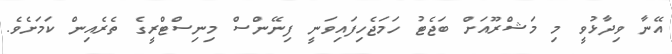
އޭނާ ވިދާޅުވީ މި މަޝްރޫއަށް ބަޖެޓު ހަމަޖެހިފައިވަނީ ފިނޭންސް މިނިސްޓްރީގެ ތެރެއިން ކަމަށެވެ.